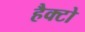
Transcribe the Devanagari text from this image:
हैक्टो